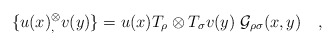
\begin{align*}\{u(x){}^\otimes_, v(y)\} = u(x)T_\rho\otimes T_\sigma v(y)\;{\cal G}_{\rho\sigma}(x,y)\quad,\end{align*}